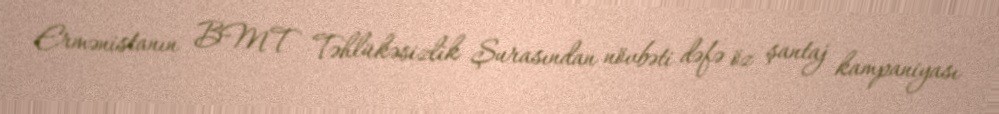
Ermənistanın BMT Təhlükəsizlik Şurasından növbəti dəfə öz şantaj kampaniyası